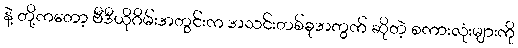
နဲ့ တို့ကတော့ ဗီဒီယိုဂိမ်းအတွင်းက အသင်းတစ်ခုအတွက် ဆိုတဲ့ စကားလုံးများကို